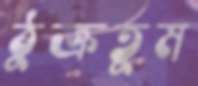
ঠুক্‌রতুম